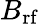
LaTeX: B_{\mathrm{rf}}